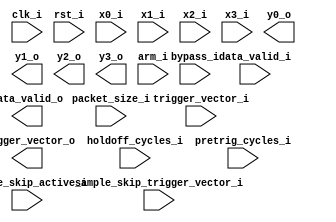
module packet_streamer
  #(
    parameter NofBits = 16
    )
   (
    input wire 		     clk_i,
    input wire 		     rst_i,
    input wire [NofBits-1:0] x0_i,
    input wire [NofBits-1:0] x1_i,
    input wire [NofBits-1:0] x2_i,
    input wire [NofBits-1:0] x3_i,
    input wire 		     data_valid_i, 
    input wire [3:0] 	     trigger_vector_i,
    input wire [3:0] 	     sample_skip_trigger_vector_i,
    input wire 		     sample_skip_active_i,
    output reg [NofBits-1:0] y0_o,
    output reg [NofBits-1:0] y1_o,
    output reg [NofBits-1:0] y2_o,
    output reg [NofBits-1:0] y3_o,
    output reg 		     data_valid_o,
    output reg [3:0]     trigger_vector_o,

    input wire [15:0] 	     packet_size_i,
    input wire [15:0] 	     holdoff_cycles_i,
    input wire [15:0]        pretrig_cycles_i,
    input wire 		     bypass_i,
    input wire 		     arm_i
    );
endmodule